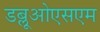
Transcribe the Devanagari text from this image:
डब्लूओएसएम